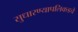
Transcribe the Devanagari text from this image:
सुधारण्यापलिकडचे